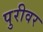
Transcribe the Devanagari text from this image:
पुरीवर